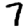
Digit: 7